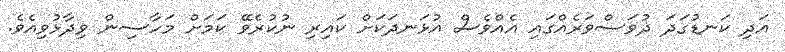
އަދި ކަނޑުގަދަ ދުވަސްވަރެއްގައި އެއްވެސް އުޅަނދަކަށް ކައިރި ނުކުރެވޭ ކަމަށް މަހާސިން ވިދާޅުވިއެވެ.